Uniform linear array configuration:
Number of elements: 32
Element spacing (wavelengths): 0.25
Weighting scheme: hamming
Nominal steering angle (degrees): -45
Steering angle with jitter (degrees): -44.274
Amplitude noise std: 0.05
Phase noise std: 0.05

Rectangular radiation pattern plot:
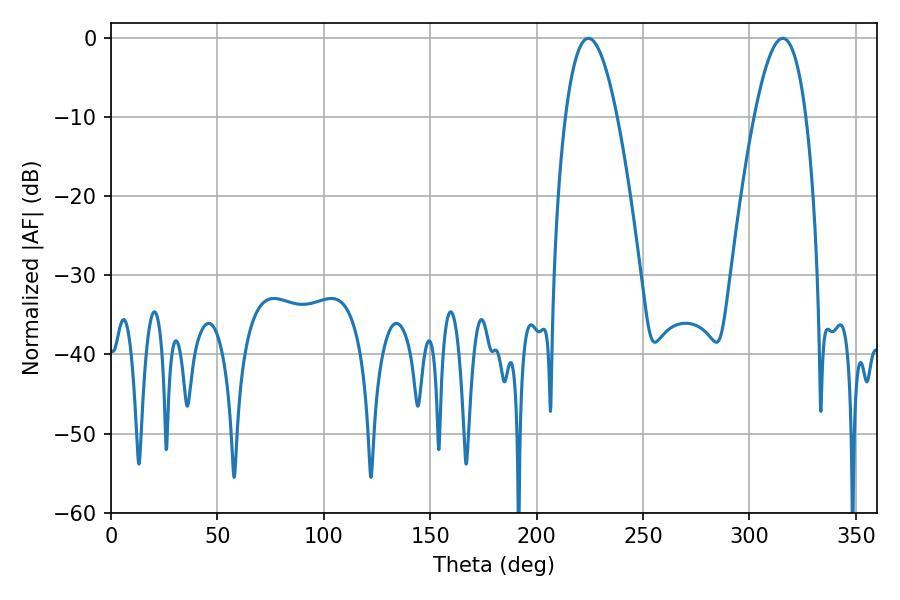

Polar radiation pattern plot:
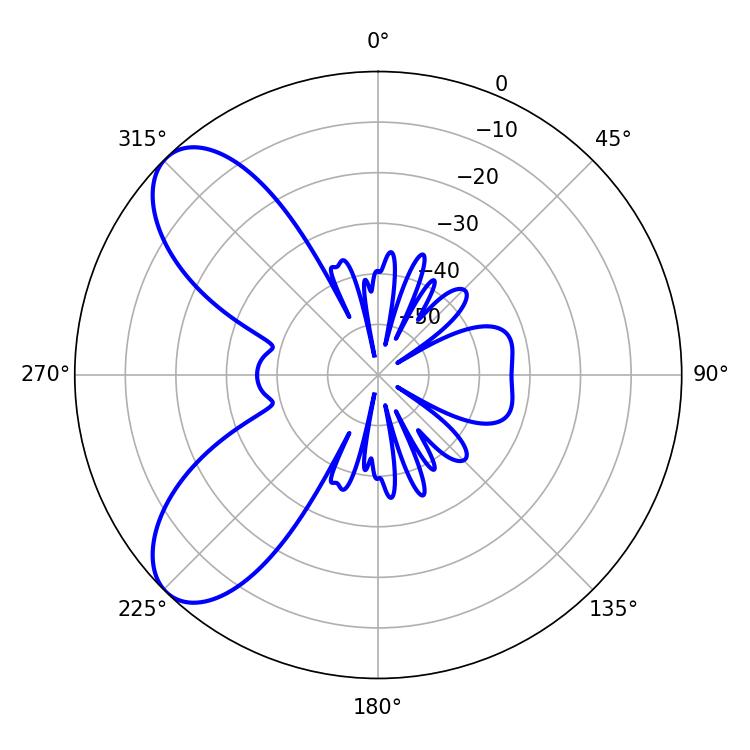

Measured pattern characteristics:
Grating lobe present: FALSE
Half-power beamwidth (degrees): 13.5
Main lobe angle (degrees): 224.28